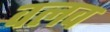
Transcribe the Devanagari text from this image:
वलव